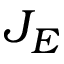
J _ { E }